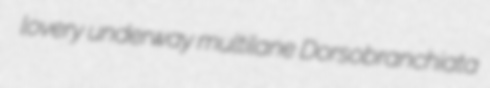
lovery underway multilane Dorsobranchiata